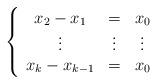
LaTeX: \begin{align*}\left\{\begin{array}{ccc}x_2-x_1&=&x_0\\ \vdots&\vdots&\vdots\\ x_k-x_{k-1}&=&x_0\end{array}\right. \end{align*}